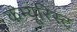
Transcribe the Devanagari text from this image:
कम्यूरिस्ट